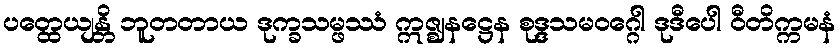
ပတ္ထေယျန္တိ ဘူတတာယ ဒုက္ခသမ္ဖဿံ ဣဇ္ဈနဋ္ဌေန စုဒ္ဒသမဝဂ္ဂေါ ဒုဒီပေါ ဝီတိက္ကမနံ